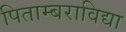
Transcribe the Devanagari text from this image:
पिताम्बराविद्या